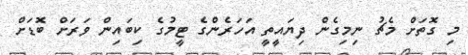
މި ގޮތަށް މެޗު ނިމިގެން ދިޔައީތީ އަހަރެންގެ ޓީމުގެ ކިބައިން ވަރަށް ބޮޑަށް